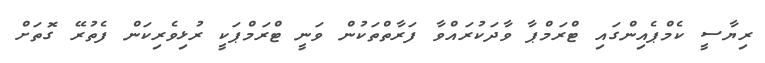
ރިޔާސީ ކެމްޕެއިންގައި ޓްރަމްޕާ ވާދަކުރައްވާ ފަރާތްތަކުން ވަނީ ޓްރަމްޕަކީ ރުޅިވެރިކަން ފެތުރޭ ގޮތަށް